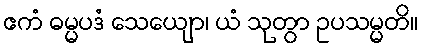
ဧကံ ဓမ္မပဒံ သေယျော၊ ယံ သုတွာ ဥပသမ္မတိ။